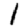
Digit: 1